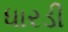
ધારડી